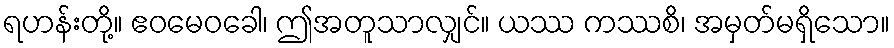
ရဟန်းတို့။ ဧဝမေဝခေါ၊ ဤအတူသာလျှင်။ ယဿ ကဿစိ၊ အမှတ်မရှိသော။